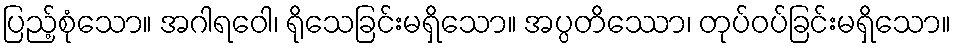
ပြည့်စုံသော။ အဂါရဝေါ၊ ရိုသေခြင်းမရှိသော။ အပ္ပတိဿော၊ တုပ်ဝပ်ခြင်းမရှိသော။